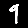
Digit: 9